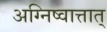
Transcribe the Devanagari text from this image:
अग्निष्वात्तात्